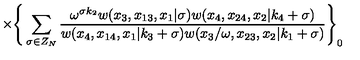
\times \Bigg \{ \sum _ { \sigma \in Z _ { N } } \frac { \omega ^ { \sigma k _ { 2 } } w ( x _ { 3 } , x _ { 1 3 } , x _ { 1 } | \sigma ) w ( x _ { 4 } , x _ { 2 4 } , x _ { 2 } | k _ { 4 } + \sigma ) } { w ( x _ { 4 } , x _ { 1 4 } , x _ { 1 } | k _ { 3 } + \sigma ) w ( x _ { 3 } / \omega , x _ { 2 3 } , x _ { 2 } | k _ { 1 } + \sigma ) } \Bigg \} _ { 0 }